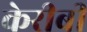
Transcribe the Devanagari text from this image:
केरीबी